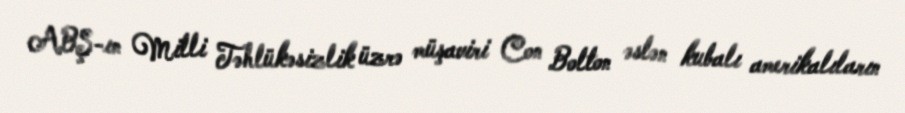
ABŞ-ın Milli Təhlükəsizlik üzrə müşaviri Con Bolton əslən kubalı amerikalıların